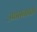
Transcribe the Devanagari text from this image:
उपासनावर्म